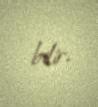
bilir.